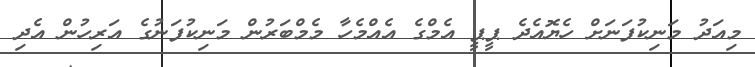
މިއަދު މަނިކުފަނަށް ހެޔޮއެދެ ޕީޕީ އެމްގެ އެއްމެހާ މެމްބަރުން މަނިކުފަނުގެ އަރިހުން އެދި